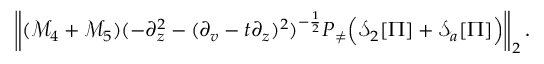
\begin{array} { r } { \left\| ( \mathcal { M } _ { 4 } + \mathcal { M } _ { 5 } ) ( - \partial _ { z } ^ { 2 } - ( \partial _ { v } - t \partial _ { z } ) ^ { 2 } ) ^ { - \frac 1 2 } P _ { \neq } \Big ( \mathcal { S } _ { 2 } [ \Pi ] + \mathcal { S } _ { a } [ \Pi ] \Big ) \right\| _ { 2 } . } \end{array}